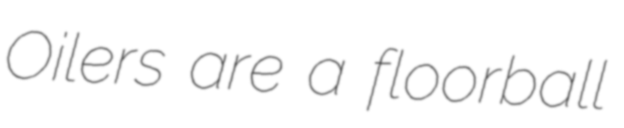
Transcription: Oilers are a floorball